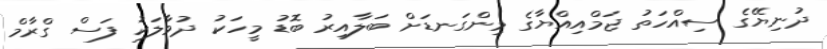
ދުނިޔޭގެ ސިއްހަތު ޖަމްއިއްޔާގެ މިންގަނޑަށް ބަލާއިރު ބޮޑު މީހަކު ދުވާލަކު ފަސް ގްރާމް